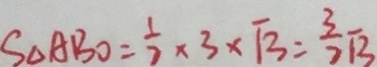
S _ { \Delta A B O } = \frac { 1 } { 2 } \times 3 \times \sqrt { 3 } = \frac { 3 } { 2 } \sqrt { 3 }